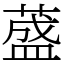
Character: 𦼦